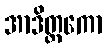
အာဒိတ္တကော